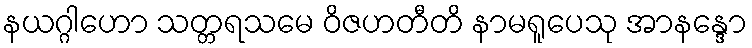
နယဂ္ဂါဟော သတ္တရသမေ ဝိဇဟတီတိ နာမရူပေသု အာနန္ဒော